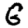
Digit: 6